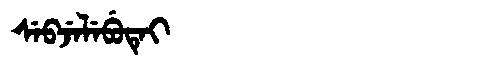
Manchu: ᠰᡝᠪᠵᡝᠯᡝᠪᡠᡨᡝᡳ
Romanization: SEBJELEBUTEI